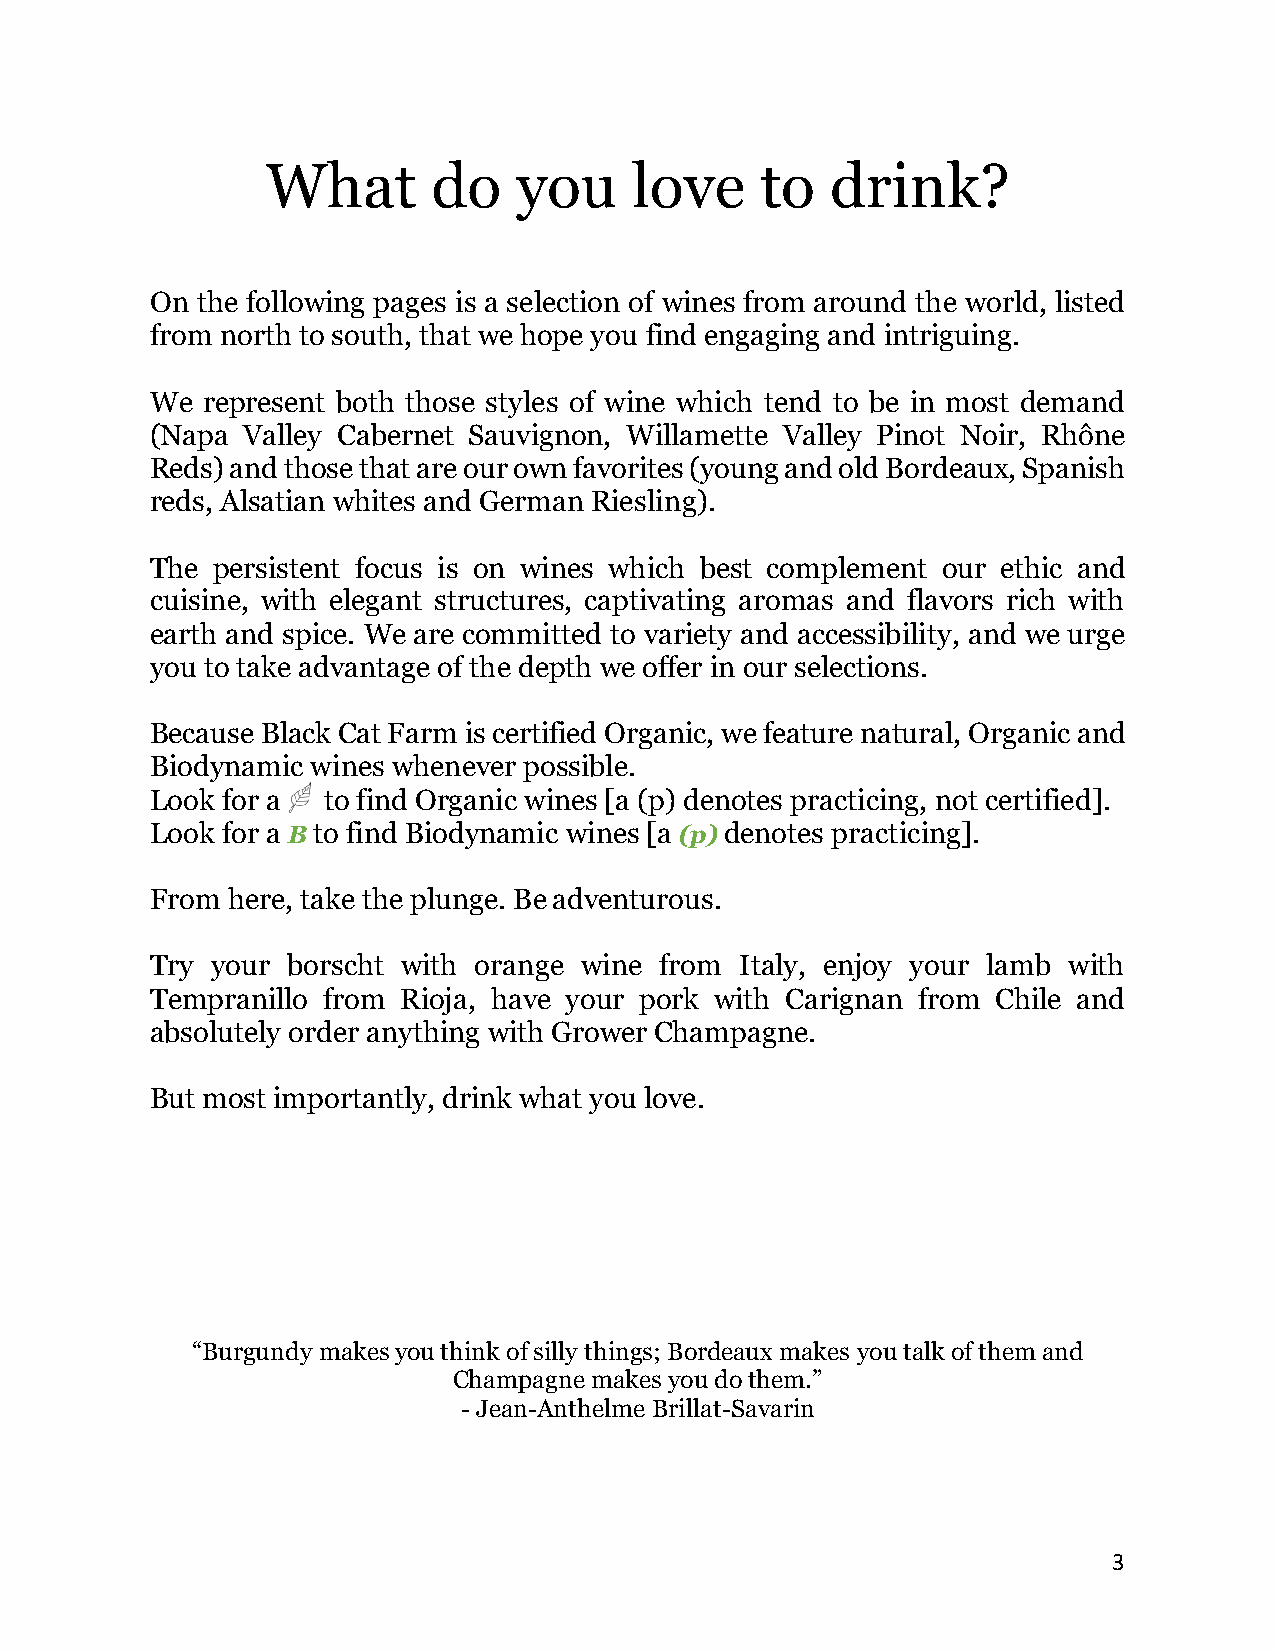
What       do   you     love    to   drink?
 On the following pages is a selection of wines from around the world, listed
 from north to south, that we hope you find engaging and intriguing.
 We represent both those styles of wine which tend to be in most demand
 (Napa Valley Cabernet Sauvignon, Willamette Valley Pinot Noir, Rhône
 Reds) and those that are our own favorites (young and old Bordeaux, Spanish
 reds, Alsatian whites and German Riesling).
 The persistent focus is on wines which best complement our ethic and
 cuisine, with elegant structures, captivating aromas and flavors rich with
 earth and spice. We are committed to variety and accessibility, and we urge
 you to take advantage of the depth we offer in our selections.
 Because Black Cat Farm is certified Organic, we feature natural, Organic and
 Biodynamic wines whenever possible.
 Look for a to find Organic wines [a (p) denotes practicing, not certified].
 Look for a B to find Biodynamic wines [a (p) denotes practicing].
 From here, take the plunge. Be adventurous.
 Try your borscht with orange wine from Italy, enjoy your lamb with
 Tempranillo from Rioja, have your pork with Carignan from Chile and
 absolutely order anything with Grower Champagne.
 But most importantly, drink what you love.
 “Burgundy makes you think of silly things; Bordeaux makes you talk of them and
 Champagne makes you do them.”
 - Jean-Anthelme Brillat-Savarin
 3